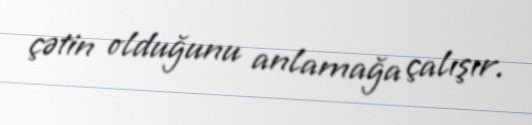
çətin olduğunu anlamağa çalışır.